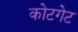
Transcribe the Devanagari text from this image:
कोटगेट